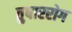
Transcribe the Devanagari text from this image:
तुषाररोग